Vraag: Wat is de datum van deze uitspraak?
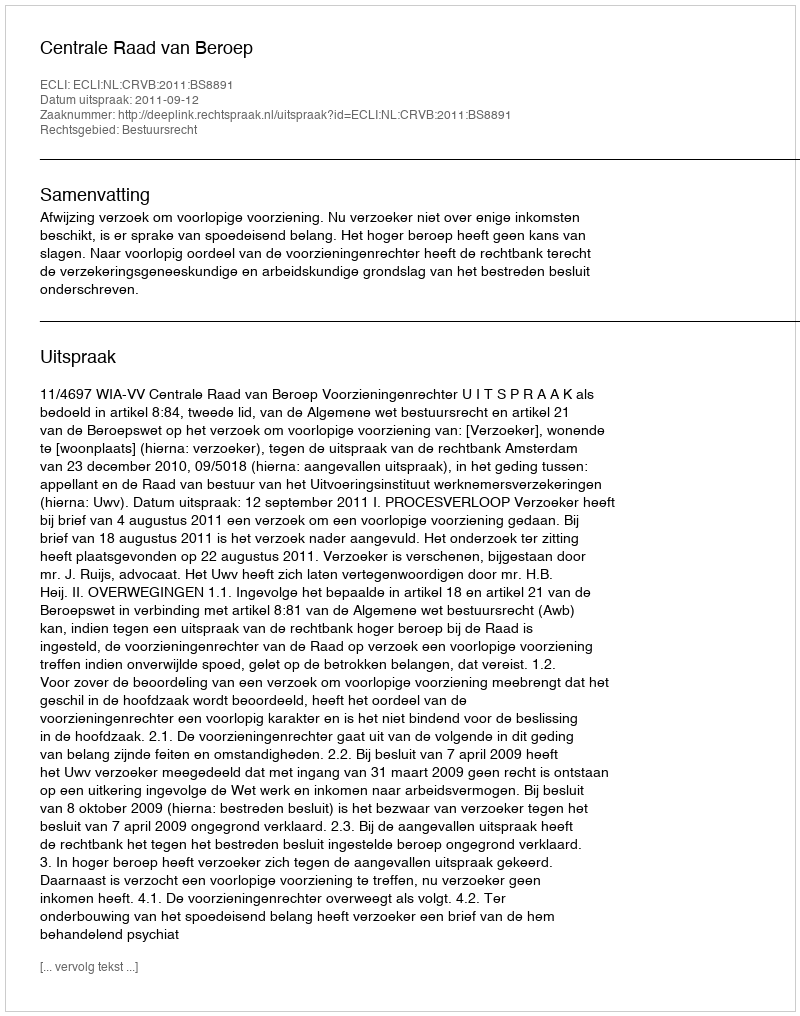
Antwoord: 2011-09-12